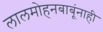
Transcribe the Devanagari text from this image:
लालमोहनबाबूंनाही